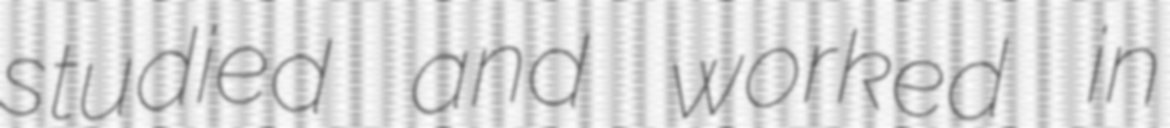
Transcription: studied and worked in